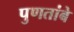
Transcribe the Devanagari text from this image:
पुणतांबे